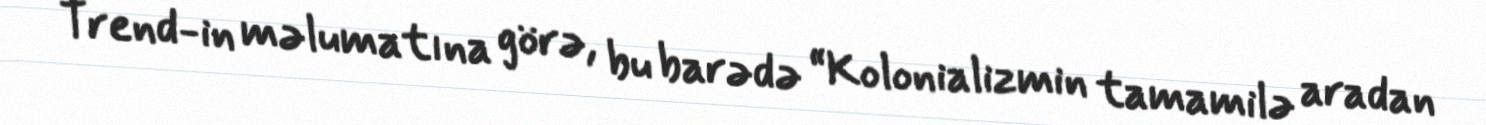
Trend-in məlumatına görə, bu barədə “Kolonializmin tamamilə aradan